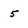
Character: 5